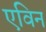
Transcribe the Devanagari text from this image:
एविन